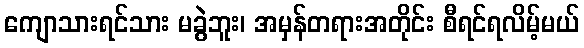
ကျောသားရင်သား မခွဲဘူး၊ အမှန်တရားအတိုင်း စီရင်ရလိမ့်မယ်